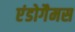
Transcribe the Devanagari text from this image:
एंडोगैमस